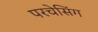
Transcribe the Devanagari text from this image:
परचेसिंग